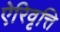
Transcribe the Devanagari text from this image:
ऐरिवृत्ति